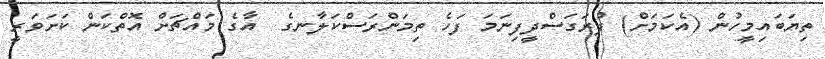
ތިޔަބައިމީހުން (އެކަމަށް) ފުރަގަސްދީފިނަމަ ފަހެ ތިމަންރަސްކަލާނގެ  އާގެ މައްޗަށް އޮތްކަން ކަށަވަރީ